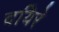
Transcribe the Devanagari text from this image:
दयिरे